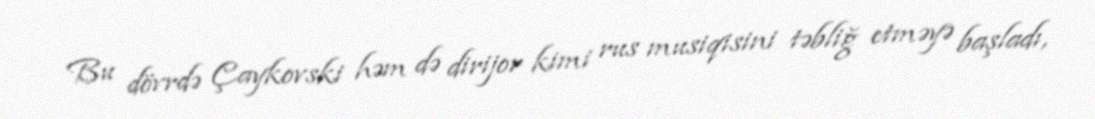
Bu dövrdə Çaykovski həm də dirijor kimi rus musiqisini təbliğ etməyə başladı,